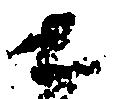
ニ